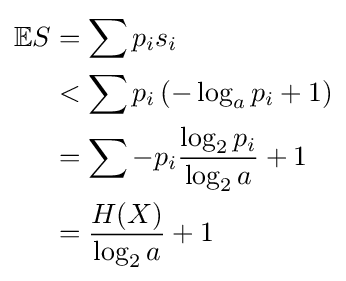
{\begin{aligned}\mathbb {E} S&=\sum p_{i}s_{i}\\&<\sum p_{i}\left(-\log _{a}p_{i}+1\right)\\&=\sum -p_{i}{\frac {\log _{2}p_{i}}{\log _{2}a}}+1\\&={\frac {H(X)}{\log _{2}a}}+1\\\end{aligned}}